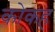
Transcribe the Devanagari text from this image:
कोकह